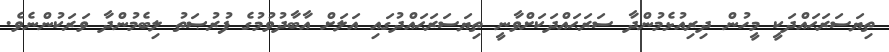
ތިޔަސަރަޙައްދަކީ މީހުން ދިރިއުޅެމުންދާ ސަރަޙައްދަކަށްވާނީ ތިޔަސަރަޙައްދުގައި އަލަށް އާބާދުވުމުގެ ފުރުޞަތު ލިބެމުންދާ ވަރަކުންނެވެ.